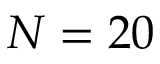
N = 2 0